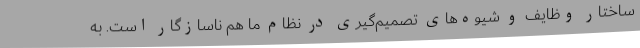
ساختار وظایف و شیوه‌های تصمیم‌گیری در نظام ما هم ناسازگار است. به